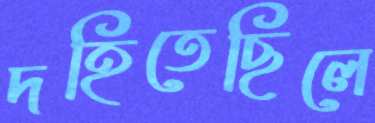
দহিতেছিলে